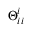
\Theta _ { i i } ^ { i }